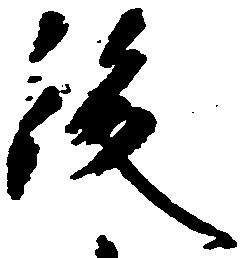
後